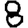
Digit: 8